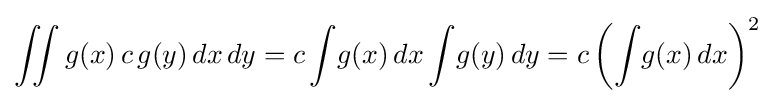
\iint g(x)\,c\,g(y)\,dx\,dy=c\int \!g(x)\,dx\int \!g(y)\,dy=c\left(\int \!g(x)\,dx\right)^{2}